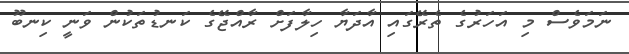
ނަމަވެސް މި އަހަރުގެ ތެރޭގައި އާދަޔާ ހިލާފަށް ރާއްޖޭގެ ކަނޑުތަކުން ވަނީ ކިނބޫ